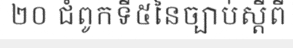
២០ ជំពូកទី៥នៃច្បាប់ស្តីពី